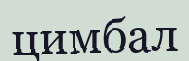
цимбал